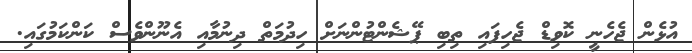
އުޅެން ޖެހެނީ ކޮވިޑް ޖެހިފައި ތިބި ޕޭޝެންޓުންނަށް ހިދުމަތް ދިނުމާއި އެނޫންވެސް ކަންކަމުގައި.